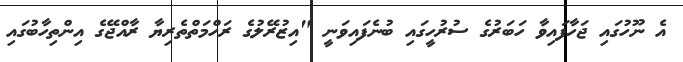
އެ ނޫހުގައި ޖަހާފައިވާ ހަބަރުގެ ސުރުހީގައި ބުނެފައިވަނީ "އިޒުރޭލުގެ ރަހްމަތްތެރިޔާ ރާއްޖޭގެ އިންތިހާބުގައި